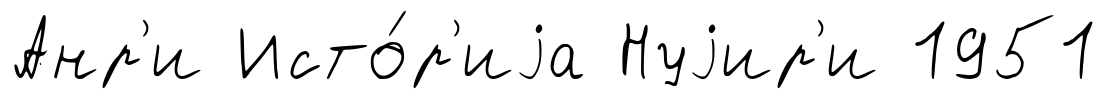
Анр'и Исто́р'иjа Нуjир'и 1951